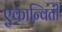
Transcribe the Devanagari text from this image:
एकान्विती